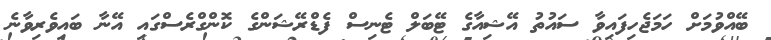
ބޭއްވުމަށް ހަމަޖެހިފައިވާ ސައުތު އޭޝިއާގެ ޓޭބަލް ޓެނިސް ފެޑްރޭޝަންގެ ކޮންގްރެސްގައި އޭނާ ބައިވެރިވާނެ